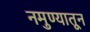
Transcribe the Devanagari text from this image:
नमुण्यातून